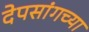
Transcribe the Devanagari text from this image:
देपसांगच्या